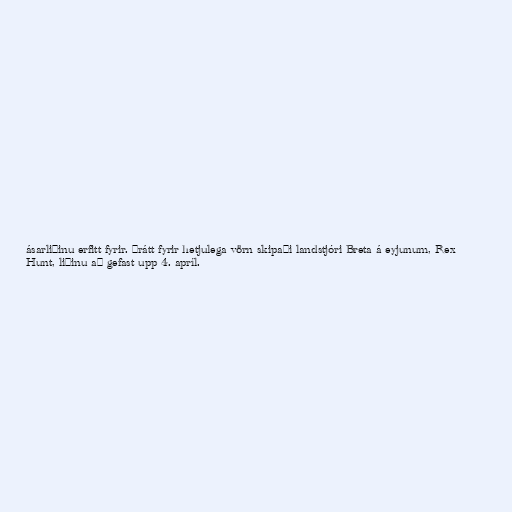
ásarliðinu erfitt fyrir. Þrátt fyrir hetjulega vörn skipaði landstjóri Breta á eyjunum, Rex
Hunt, liðinu að gefast upp 4. apríl.